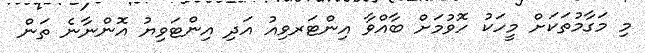
މި މަގާމުތަކަށް މީހަކު ހޮވުމަށް ބާއްވާ އިންޓަރވިއު އަދި އިންޓަވިޔު އޮންނާނެ ތަން